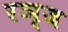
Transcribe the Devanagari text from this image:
रञ्ज